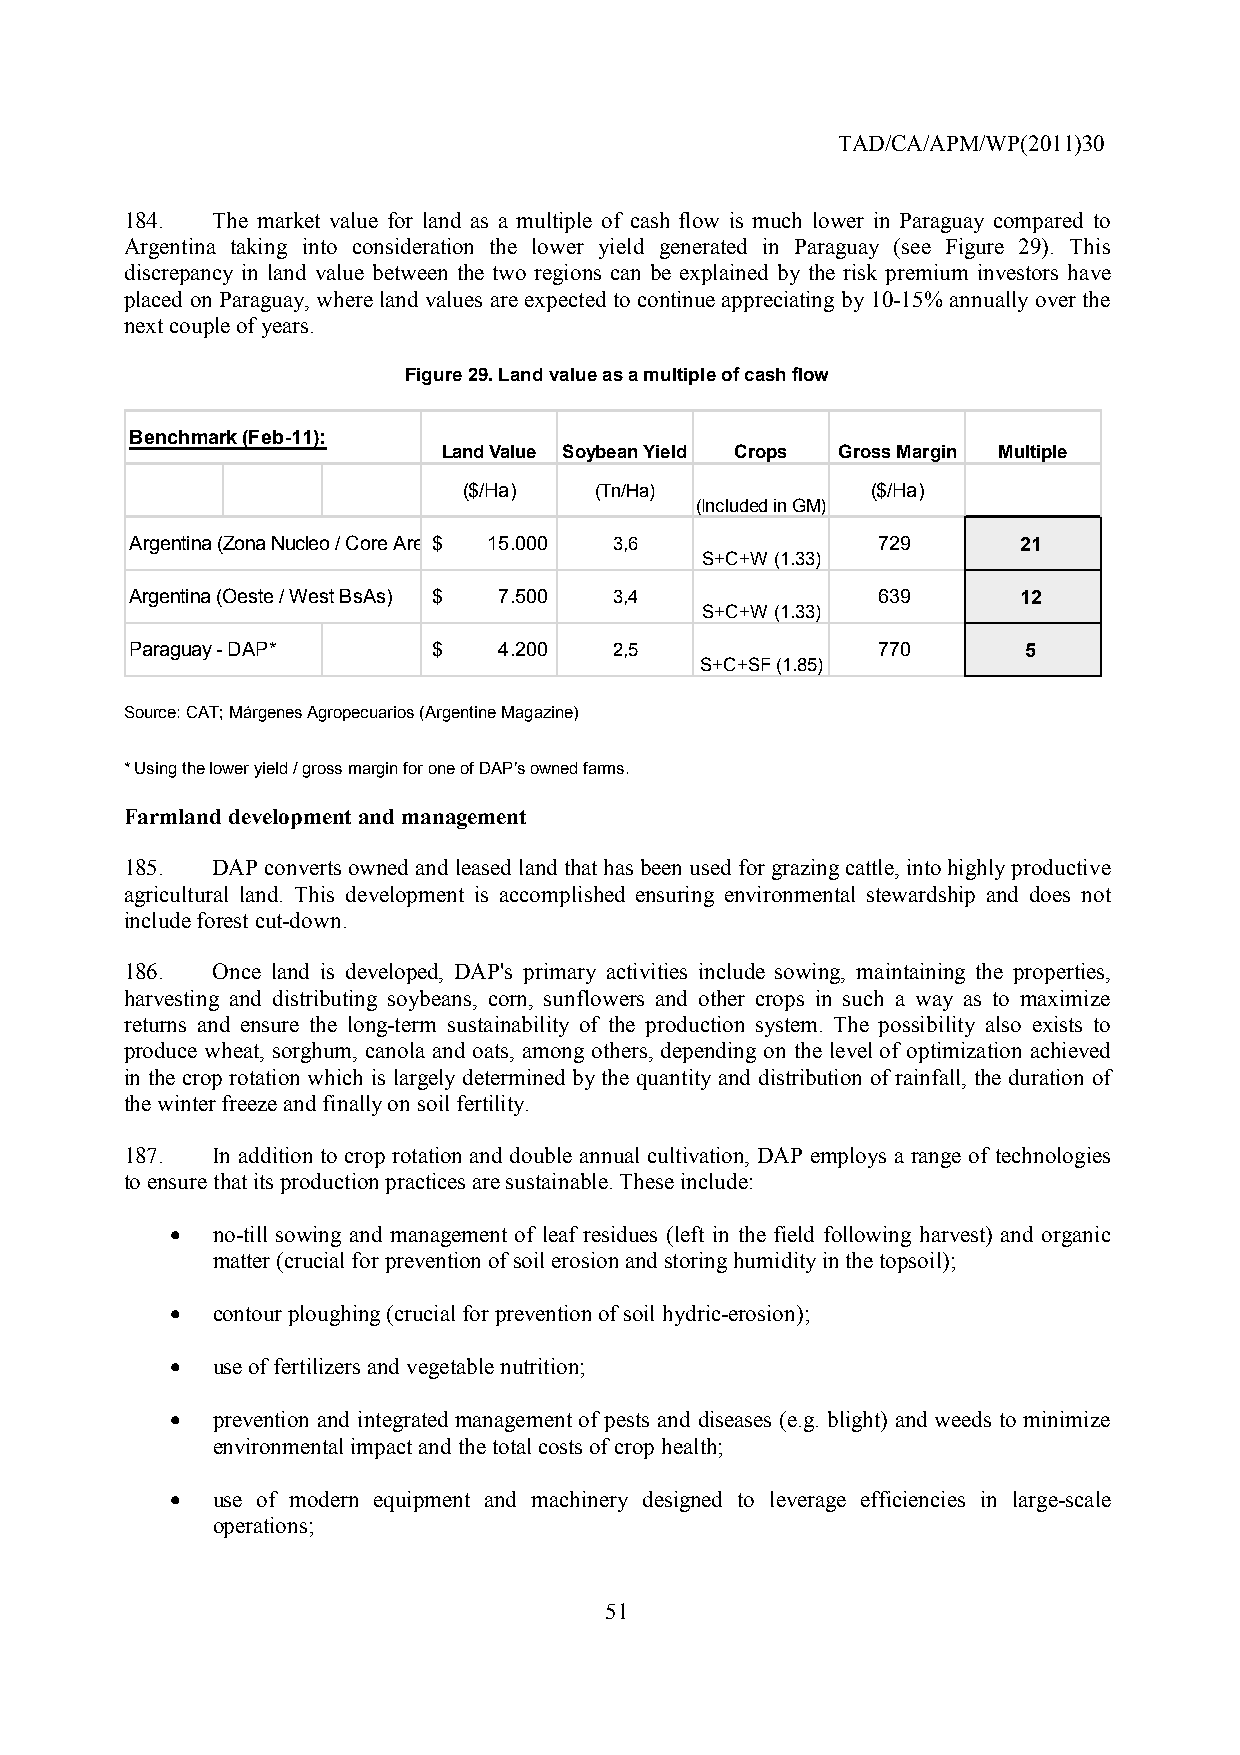
TAD/CA/APM/WP(2011)30
 184.  The market value for land as a multiple of cash flow is much lower in Paraguay compared to
 Argentina taking into consideration the lower yield generated in Paraguay (see Figure 29). This
 discrepancy in land value between the two regions can be explained by the risk premium investors have
 placed on Paraguay, where land values are expected to continue appreciating by 10-15% annually over the
 next couple of years.
 Figure 29. Land value as a multiple of cash flow
 Benchmark (Feb-11):
 Land Value Soybean Yield Crops Gross Margin Multiple
 ($/Ha)  (Tn/Ha)            ($/Ha)
 (Included in GM)
 Argentina (Zona Nucleo / Core Are $ 1 5.000 3,6  729       21
 S+C+W (1.33)
 Argentina (Oeste / West BsAs) $ 7.500 3,4        639       12
 S+C+W (1.33)
 Paraguay - DAP*     $   4.200   2,5              770       5
 S+C+SF (1.85)
 Source: CAT; Márgenes Agropecuarios (Argentine Magazine)
 * Using the lower yield / gross margin for one of DAP’s owned farms.
 Farmland development and management
 185.  DAP converts owned and leased land that has been used for grazing cattle, into highly productive
 agricultural land. This development is accomplished ensuring environmental stewardship and does not
 include forest cut-down.
 186.  Once land is developed, DAP's primary activities include sowing, maintaining the properties,
 harvesting and distributing soybeans, corn, sunflowers and other crops in such a way as to maximize
 returns and ensure the long-term sustainability of the production system. The possibility also exists to
 produce wheat, sorghum, canola and oats, among others, depending on the level of optimization achieved
 in the crop rotation which is largely determined by the quantity and distribution of rainfall, the duration of
 the winter freeze and finally on soil fertility.
 187.  In addition to crop rotation and double annual cultivation, DAP employs a range of technologies
 to ensure that its production practices are sustainable. These include:
 •  no-till sowing and management of leaf residues (left in the field following harvest) and organic
 matter (crucial for prevention of soil erosion and storing humidity in the topsoil);
 •  contour ploughing (crucial for prevention of soil hydric-erosion);
 •  use of fertilizers and vegetable nutrition;
 •  prevention and integrated management of pests and diseases (e.g. blight) and weeds to minimize
 environmental impact and the total costs of crop health;
 •  use of modern equipment and machinery designed to leverage efficiencies in large-scale
 operations;
 51